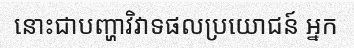
នោះជាបញ្ហាវិវាទផលប្រយោជន៍ អ្នក